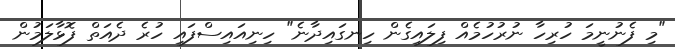
"މި ފެނުނީމަ ހުރިހާ ނުރުހުމެއް ފިލައިގެން ހިނގައިދާނެ" ހިނިއައިސްފައި ހުރެ ދެއަތް ފޮޅާލަމުން